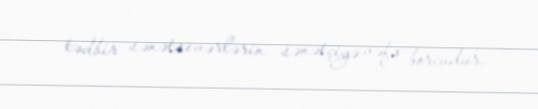
tədbir sənətsevərlərin sənətçiyə vəfa borcudur.